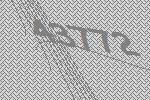
43772